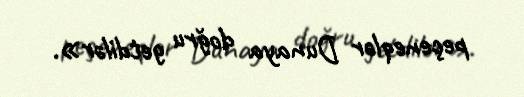
peçeneqlər Dunaya doğru getdilər».